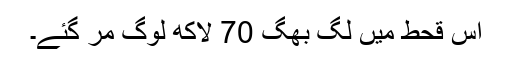
اس قحط میں لگ بھگ 70 لاکھ لوگ مر گئے۔